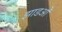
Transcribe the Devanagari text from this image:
झाडओं